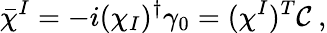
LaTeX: \bar{\chi}^{I}=-i(\chi_{I})^{\dagger}\gamma_{0}=(\chi^{I})^{T}{\cal C}\ ,